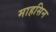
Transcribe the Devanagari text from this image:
माहसिन